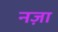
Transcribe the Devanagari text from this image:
नज़ा